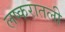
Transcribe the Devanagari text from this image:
लष्करातली